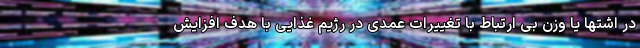
در اشتها یا وزن بی ارتباط با تغییرات عمدی در رژیم غذایی با هدف افزایش